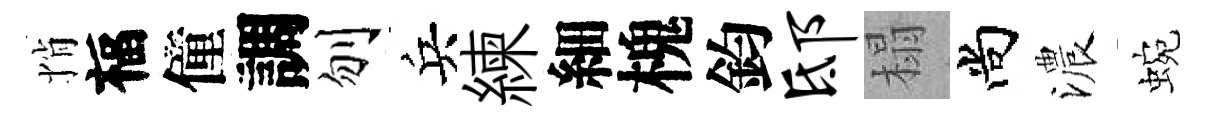
悄福僮調刎兵練細槐鈞邸榻尚濃蜿